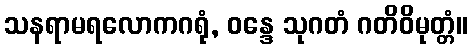
သနရာမရလောကဂရုံ, ဝန္ဒေ သုဂတံ ဂတိဝိမုတ္တံ။